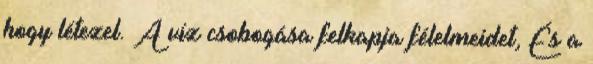
hogy létezel. A víz csobogása felkapja félelmeidet, És a